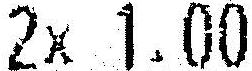
2X 1.00